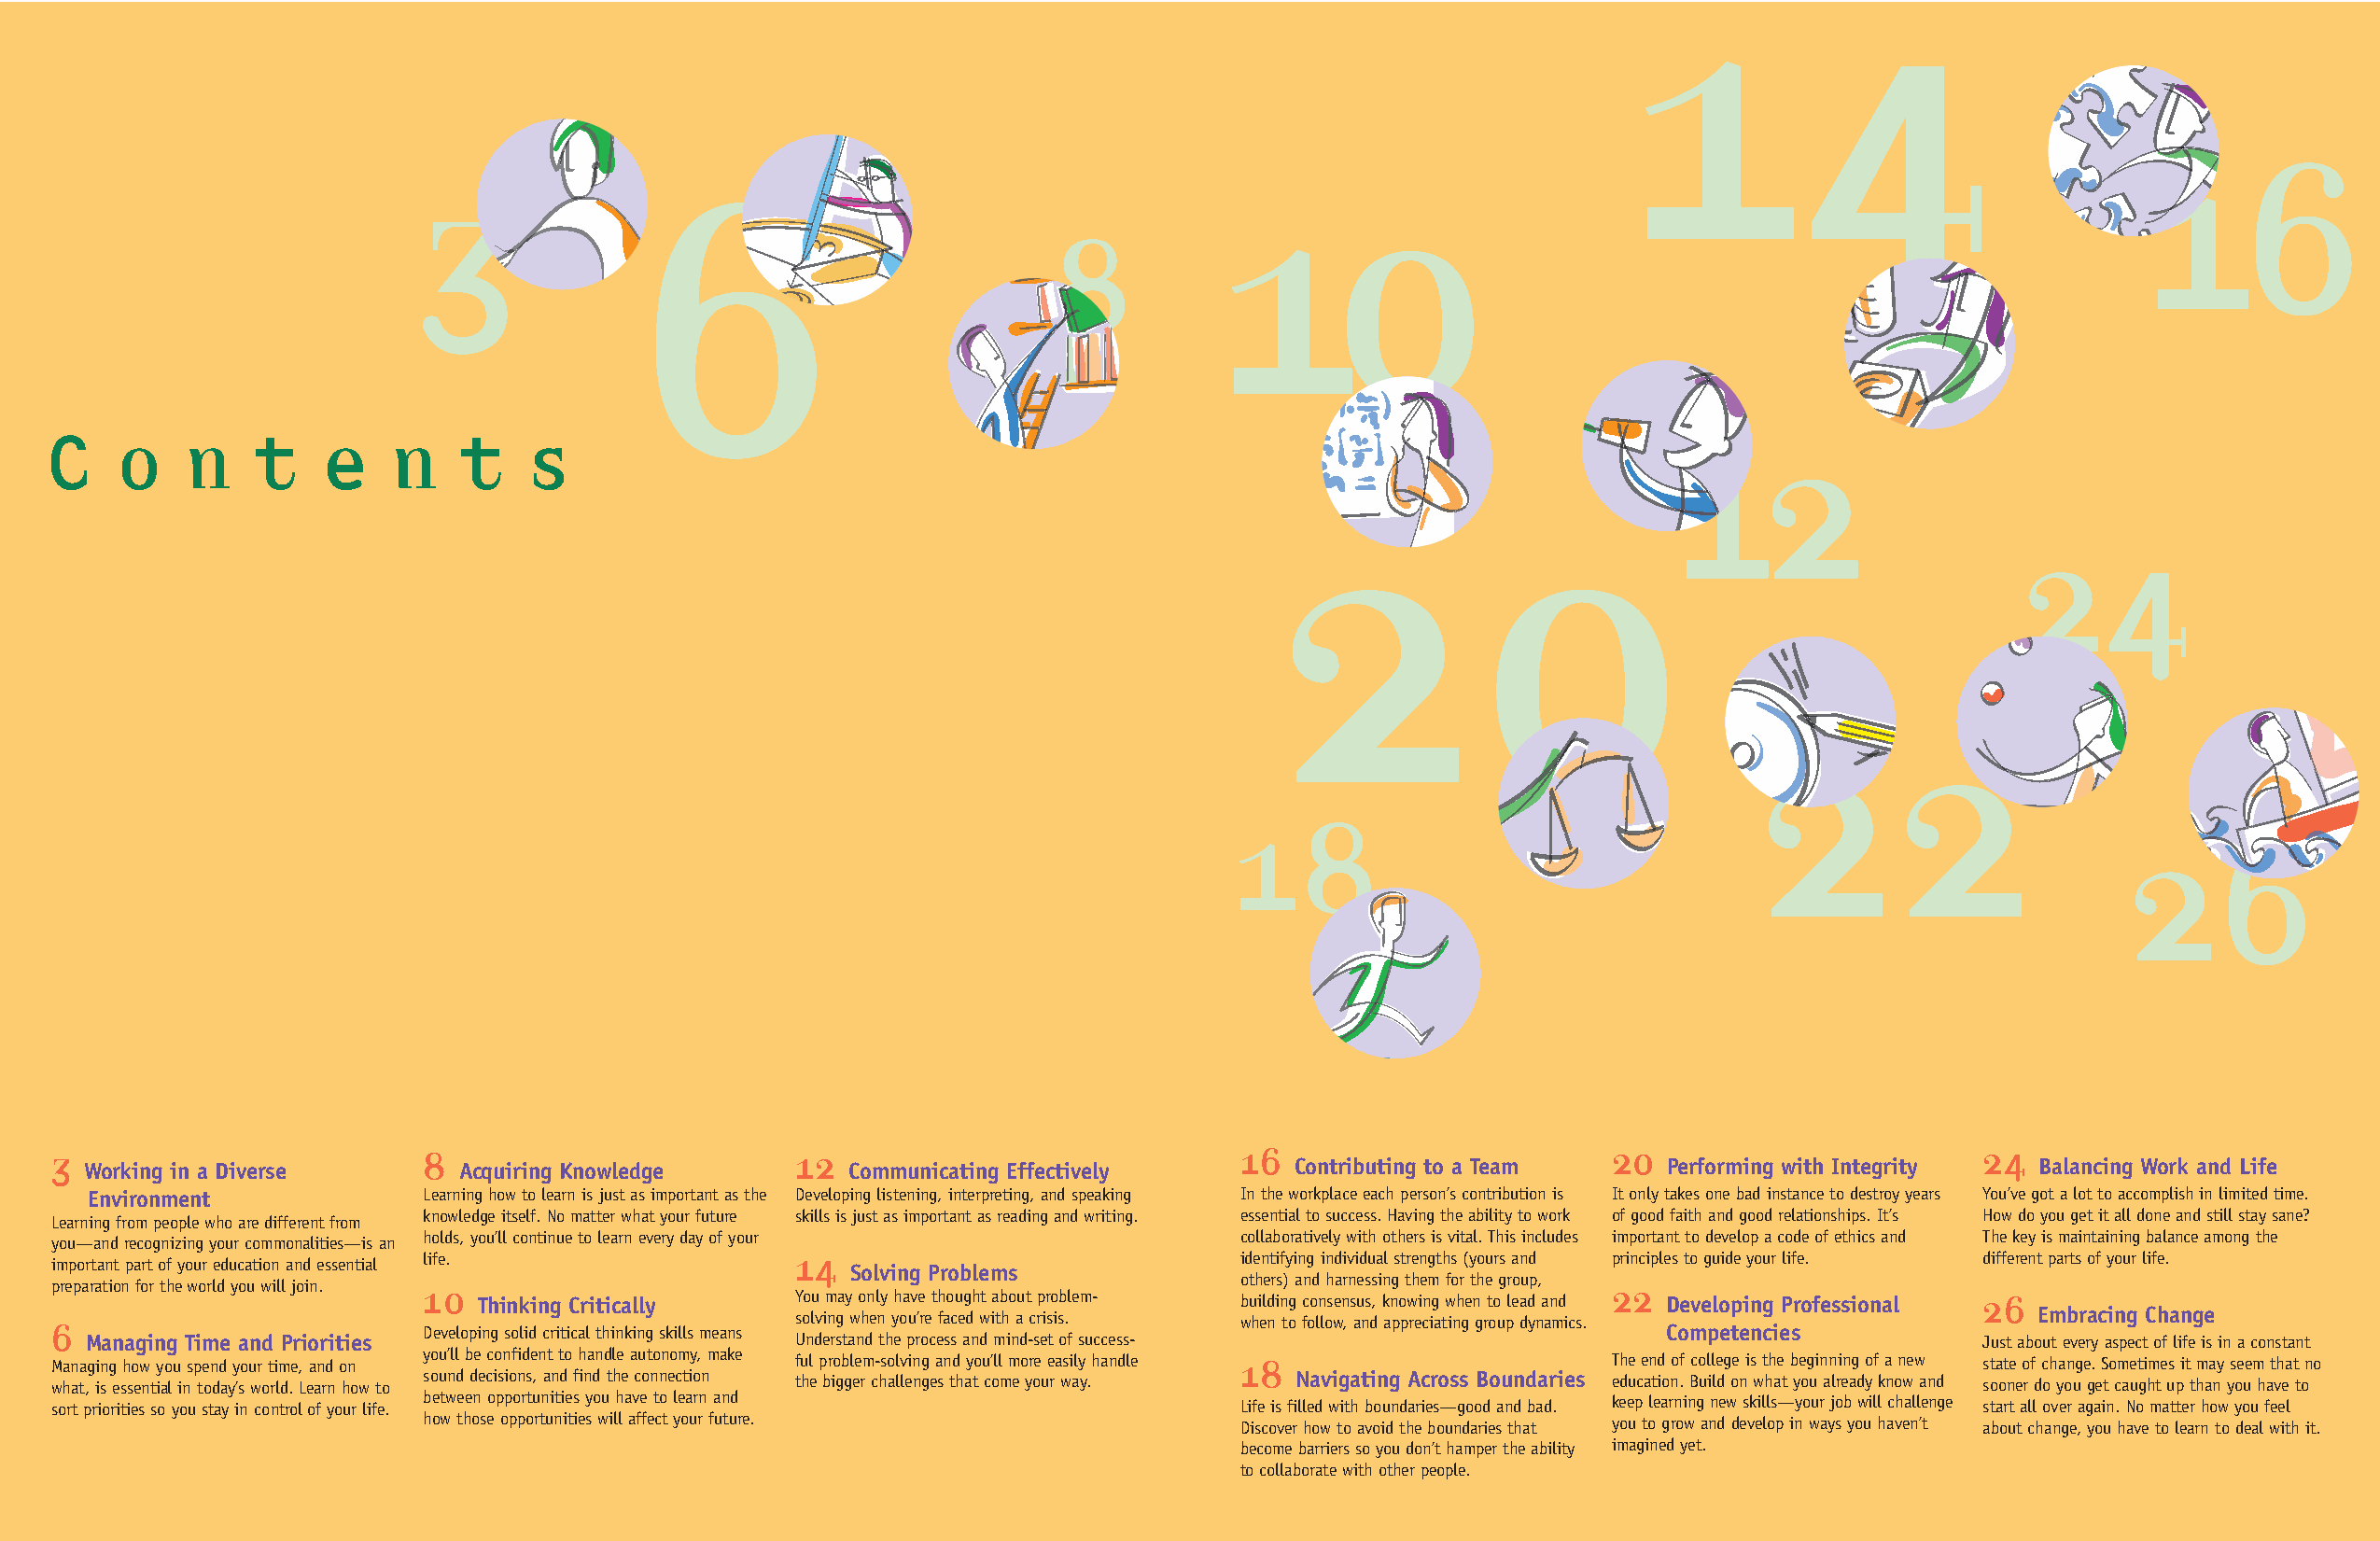
14
 16
 6
 3                                                        10
 8
 12
 C    o    n    t    e    n    t    s
 20
 24
 22
 18
 26
 3                         8                         12                              16                        20                         24
 Working in a Diverse       Acquiring Knowledge        Communicating Effectively       Contributing to a Team    Performing with Integrity  Balancing Work and Life
 Environment             Learning how to learn is just as important as the Developing listening, interpreting, and speaking In the workplace each person’s contribution is It only takes one bad instance to destroy years You’ve got a lot to accomplish in limited time.
 knowledge itself. No matter what your future skills is just as important as reading and writing. essential to success. Having the ability to work of good faith and good relationships. It’s How do you get it all done and still stay sane?
 Learning from people who are different from
 you—and recognizing your commonalities—is an holds, you’ll continue to learn every day of your collaboratively with others is vital. This includes important to develop a code of ethics and The key is maintaining balance among the
 life.                     14                              identifying individual strengths (yours and principles to guide your life. different parts of your life.
 important part of your education and essential          Solving Problems
 others) and harnessing them for the group,
 preparation for the world you will join. 10                                                                   22
 Thinking Critically   You may only have thought about problem- building consensus, knowing when to lead and Developing Professional 26
 6 Managing Time and Priorities Developing solid critical thinking skills means Uso nl dv ein rsg t aw nh de n th y eo pu r’r oe c efa ssc e ad n dw i mth in a d -c sr eis ti s o. f success- when to follow, and appreciating group dynamics. Competencies Just aboE um t eb ver ra yc ai sn pg ec tC oh f a lin feg ie s in a constant
 Managing how you spend your time, and on you’ll be confident to handle autonomy, make ful problem-solving and you’ll more easily handle 18 The end of college is the beginning of a new state of change. Sometimes it may seem that no
 what, is essential in today’s world. Learn how to sound decisions, and find the connection the bigger challenges that come your way. Navigating Across Boundaries education. Build on what you already know and sooner do you get caught up than you have to
 sort priorities so you stay in control of your life. between opportunities you have to learn and Life is filled with boundaries—good and bad. keep learning new skills—your job will challenge start all over again. No matter how you feel
 how those opportunities will affect your future.          Discover how to avoid the boundaries that you to grow and develop in ways you haven’t about change, you have to learn to deal with it.
 become barriers so you don’t hamper the ability imagined yet.
 to collaborate with other people.